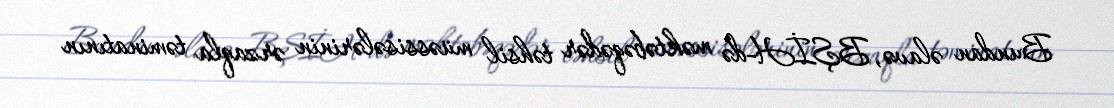
Bundan əlavə, BŞİH-də məktəbəqədər təhsil müəssisələrinin ərzaqla təminatının